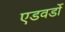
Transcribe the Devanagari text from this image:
एडवर्डो